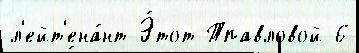
л'ейт'ена́нт Э́тот Тпавловой 6